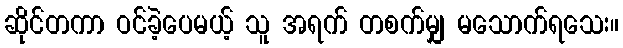
ဆိုင်တကာ ဝင်ခဲ့ပေမယ့် သူ အရက် တစက်မျှ မသောက်ရသေး။